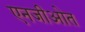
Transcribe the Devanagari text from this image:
एनजीओत